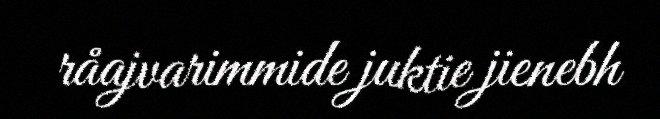
råajvarimmide juktie jienebh